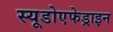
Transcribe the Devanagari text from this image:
स्यूडोएफेड्राइन